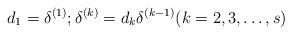
LaTeX: \begin{align*}d_1=\delta^{(1)};\delta^{(k)}=d_k \delta^{(k-1)}(k=2,3,\ldots,s)\end{align*}